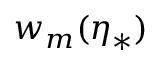
w _ { m } ( \boldsymbol { \eta } _ { * } )